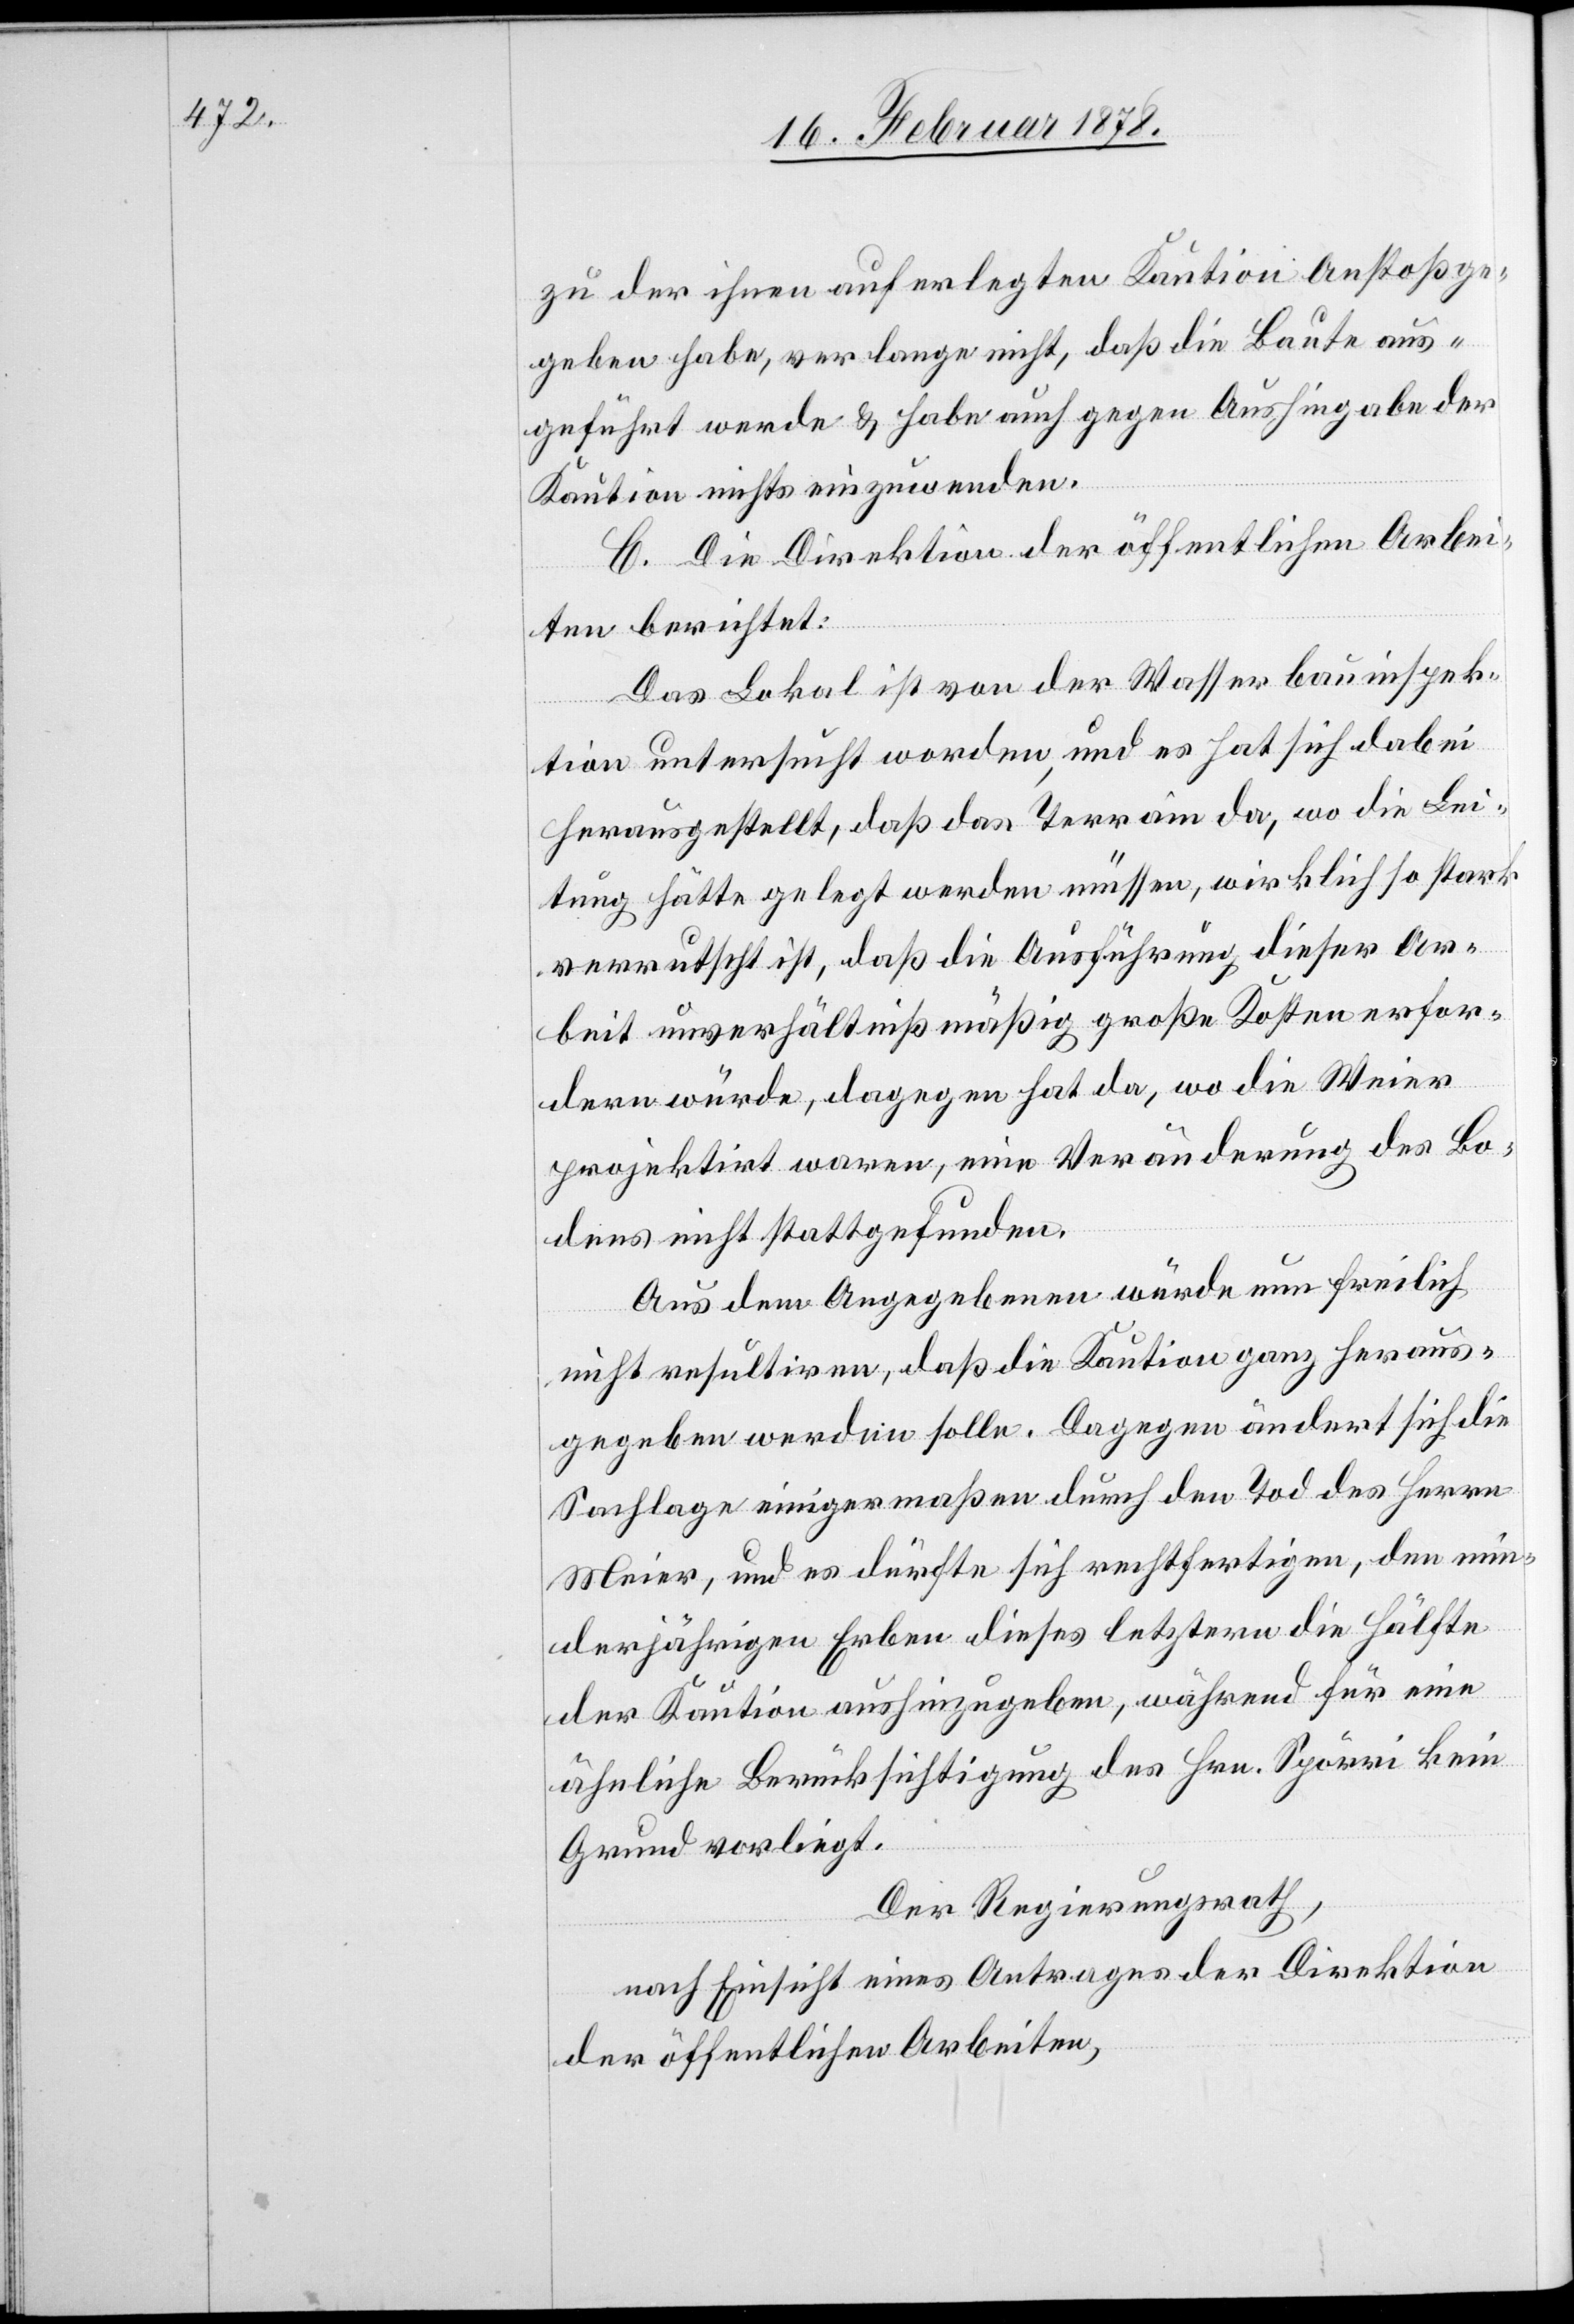
zu der ihnen auferlegten Kaution Anstoß ge¬
geben habe, verlange nicht, daß die Baute aus¬
geführt werde & habe auch gegen Aushingabe der
Kaution nichts einzuwenden.
C. Die Direktion der öffentlichen Arbei¬
ten berichtet:
Das Lokal ist von der Wasserbauinspek¬
tion untersucht worden, und es hat sich dabei
herausgestellt, daß das Terrain da, wo die Lei¬
tung hätte gelegt werden müssen, wirklich so stark
verrutscht ist, daß die Ausführung dieser Ar¬
beit unverhältnißmäßig große Kosten erfor¬
dern würde, dagegen hat da, wo die Weier
projektirt waren, eine Veränderung des Bo¬
dens nicht stattgefunden.
Aus dem Angegebenen würde nun freilich
nicht resultiren, daß die Kaution ganz heraus¬
gegeben werden solle. Dagegen ändert sich die
Sachlage einigermaßen durch den Tod des Herren
Meier, und es dürfte sich rechtfertigen, den min¬
derjährigen Erben dieses letztern die Hälfte
der Kaution aushinzugeben, während für eine
ähnliche Berücksichtigung des Hrn. Spörri kein
Grund vorliegt.
Der Regierungsrath,
nach Einsicht eines Antrages der Direktion
der öffentlichen Arbeiten,